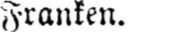
Franken.